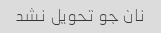
نان جو تحویل نشد